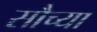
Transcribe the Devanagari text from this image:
सौच्या